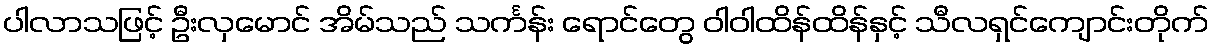
ပါလာသဖြင့် ဦးလှမောင် အိမ်သည် သင်္ကန်း ရောင်တွေ ဝါဝါထိန်ထိန်နှင့် သီလရှင်ကျောင်းတိုက်